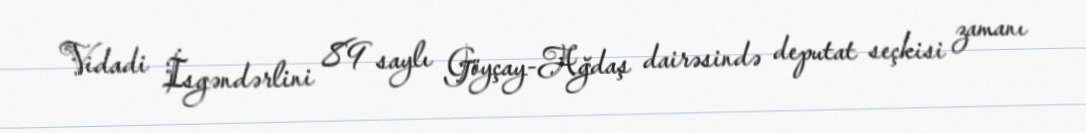
Vidadi İsgəndərlini 89 saylı Göyçay-Ağdaş dairəsində deputat seçkisi zamanı